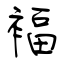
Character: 褔